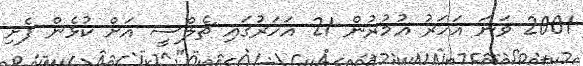
2001 ވަނަ އަހަރު އުމުރުން 21 އަހަރުގައި ޗެލްސީ އަށް ކުޅެން ފެށި